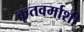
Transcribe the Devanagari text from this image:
कृतवर्माशी